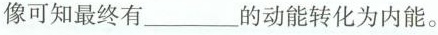
像可知最终有___的动能转化为内能。